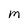
Character: m